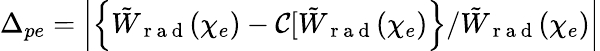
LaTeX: \Delta_{pe}=\left|\left\{ \tilde{W}_{\mathrm{~r~a~d~}}(\chi_{e})-\mathcal{C}[\tilde{W}_{\mathrm{~r~a~d~}}(\chi_{e})\right\} /\tilde{W}_{\mathrm{~r~a~d~}}(\chi_{e})\right|